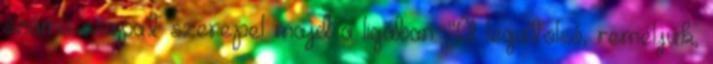
számú csapat szerepel majd a ligában. “A legutolsó, reméljük,